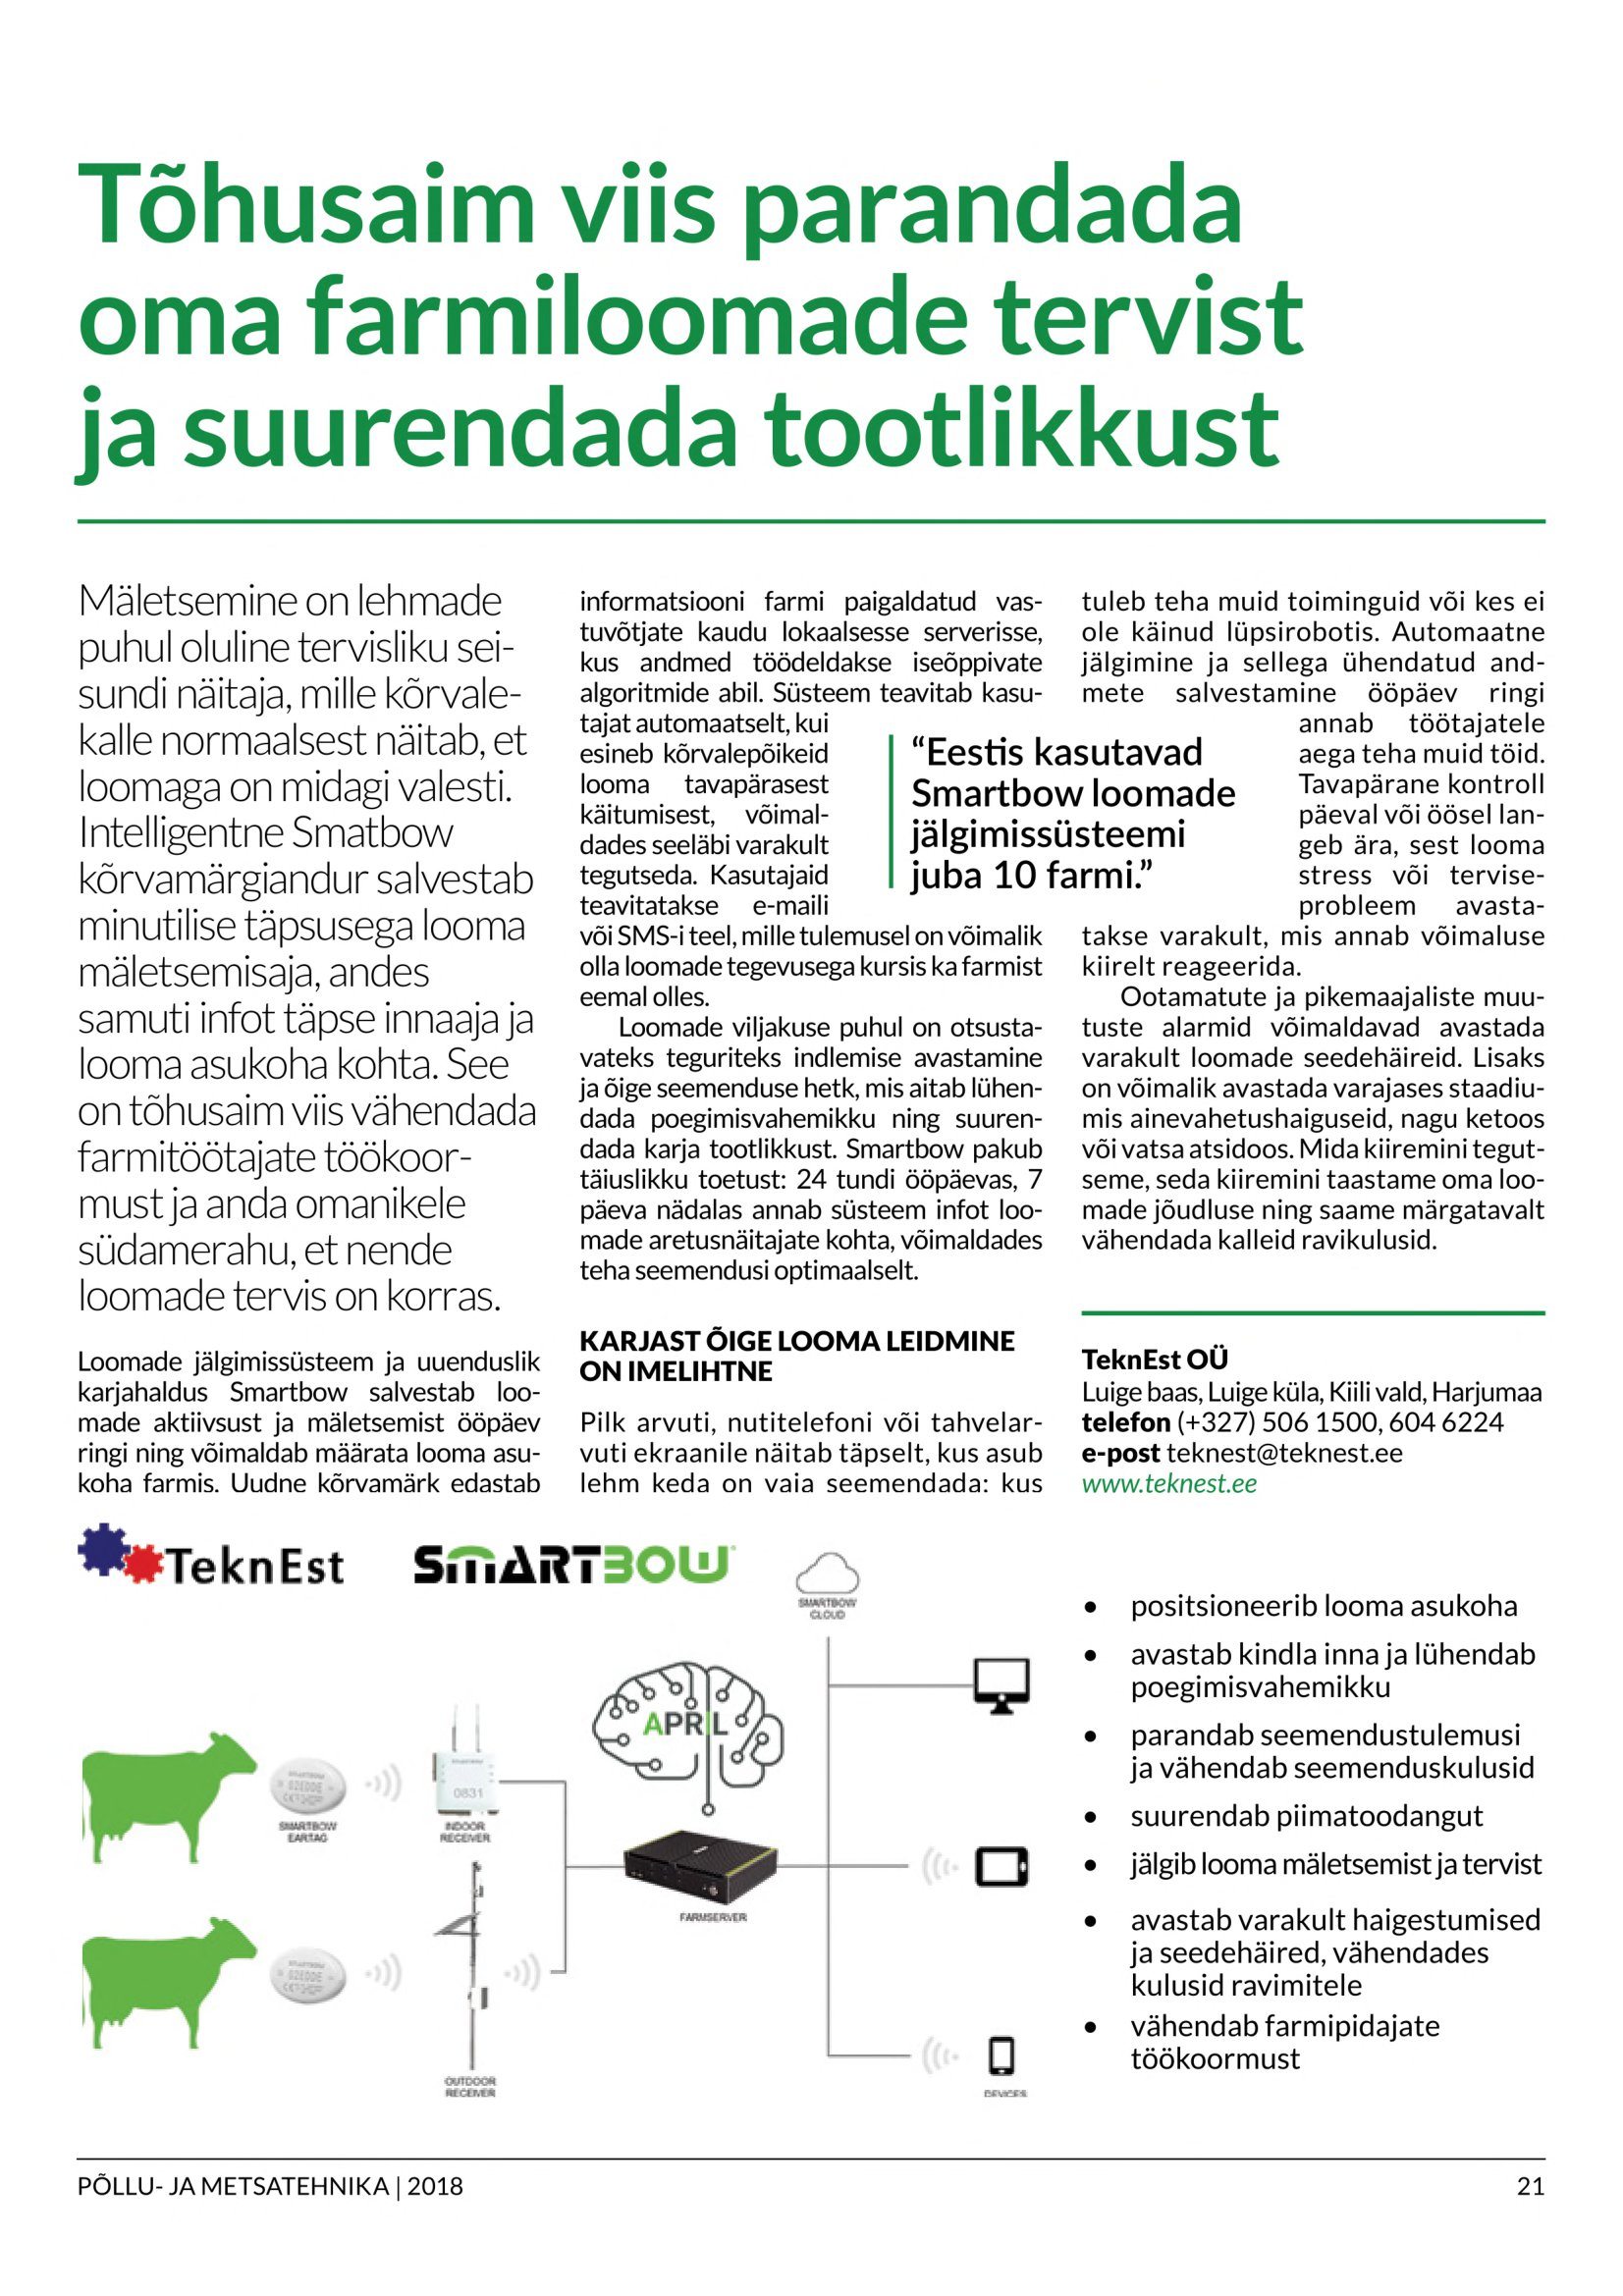
Language: et